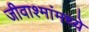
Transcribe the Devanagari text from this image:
जीवाश्मांमध्ये